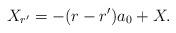
LaTeX: \begin{align*}X_{r'} = -(r-r')a_0 + X.\end{align*}